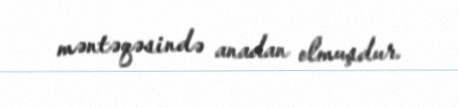
məntəqəsində anadan olmuşdur.